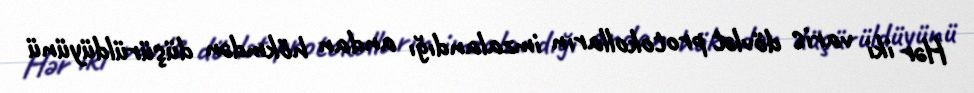
Hər iki varis dövlət protokolların imzalandığı andan hökmdən düşürüldüyünü